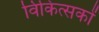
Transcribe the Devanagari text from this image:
विकित्सकों